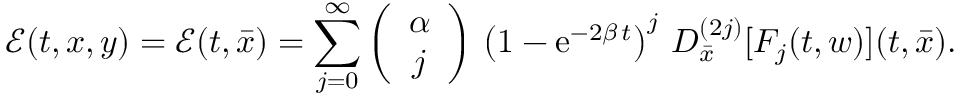
{ \mathcal E } ( t , x , y ) = { \mathcal E } ( t , { \bar { x } } ) = \sum _ { j = 0 } ^ { \infty } \left( \begin{array} { c } { \alpha } \\ { j } \end{array} \right) \, \left( 1 - { \mathrm { e } ^ { - 2 \beta \, t } } \right) ^ { j } \, D _ { \bar { x } } ^ { ( 2 j ) } [ F _ { j } ( t , w ) ] ( t , { \bar { x } } ) .